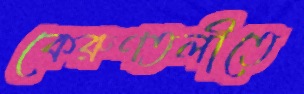
কেরুণতলীতে